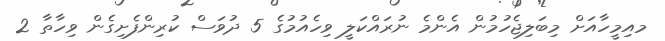
މއިމީހާއަށް މިބަލިޖެހުމުން އެންމެ ނުރައްކަލީ ވިހެއުމުގެ 5 ދުވަސް ކުރިންފެށިގެން ވިހާތާ 2